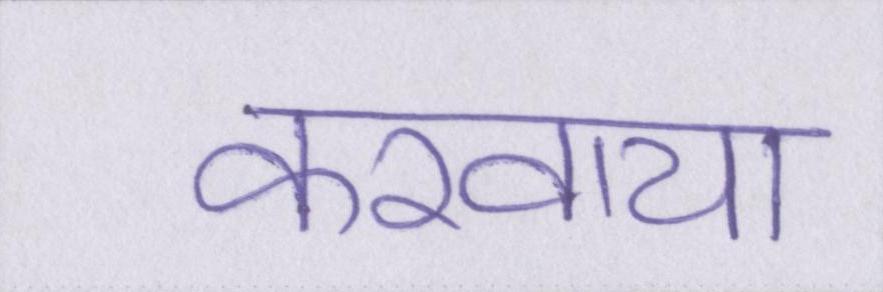
करवाया